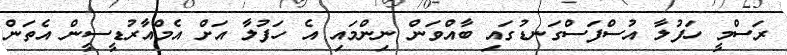
ރަސްމީ ހަފުލާ އުސްފަސްގަނޑުގައި ބާއްވަން ނިންމައި އެ ހަފުލާ އަށް އެމްއާރުޑީސީން އެތަން